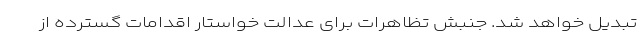
تبدیل خواهد شد. جنبش تظاهرات برای عدالت خواستار اقدامات گسترده از